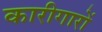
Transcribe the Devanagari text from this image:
कारीगारों